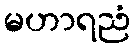
မဟာရညံ